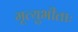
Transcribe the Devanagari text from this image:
मृत्युभीताः